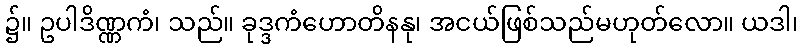
၌။ ဥပါဒိဏ္ဏကံ၊ သည်။ ခုဒ္ဒကံဟောတိနနု၊ အငယ်ဖြစ်သည်မဟုတ်လော။ ယဒါ၊